Indian journal of veterinary science and animal husbandry - Volumes 15-17, 1948-1951
Year: 1948
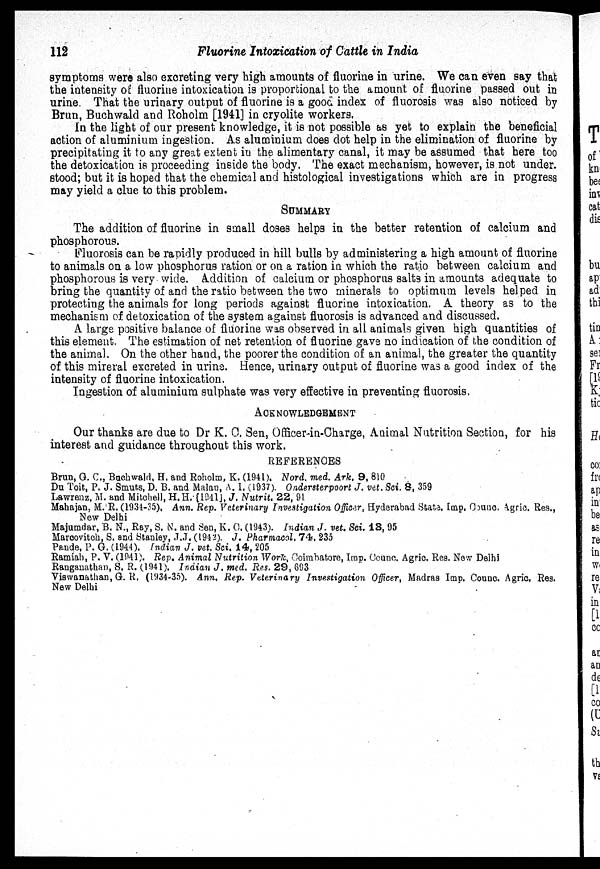
112
Fluorine Intoxication of Cattle in India
symptoms were also excreting very high amounts of fluorine in urine. We can even say that
the intensity of fluorine intoxication is proportional to the amount of fluorine passed out in
urine. That the urinary output of fluorine is a good index of fluorosis was also noticed by
Brun, Buchwald and Roholm [1941] in cryolite workers.
In the light of our present knowledge, it is not possible as yet to explain the beneficial
action of aluminium ingestion. As aluminium does dot help in the elimination of fluorine by
precipitating it to any great extent in the alimentary canal, it may be assumed that here too
the detoxication is proceeding inside the body. The exact mechanism, however, is not under.
stood; but it is hoped that the chemical and histological investigations which are in progress
may yield a clue to this problem.
SUMMARY
The addition of fluorine in small doses helps in the better retention of calcium and
phosphorous.
Fluorosis can be rapidly produced in hill bulls by administering a high amount of fluorine
to animals on a low phosphorus ration or on a ration in which the ratio between calcium and
phosphorous is very wide. Addition of calcium or phosphorus salts in amounts adequate to
bring the quantity of and the ratio between the two minerals to optimum levels helped in
protecting the animals for long periods against fluorine intoxication. A theory as to the
mechanism of detoxication of the system against fluorosis is advanced and discussed.
A large positive balance of fluorine was observed in all animals given high quantities of
this element. The estimation of net retention of fluorine gave no indication of the condition of
the animal. On the other hand, the poorer the condition of an animal, the greater the quantity
of this mireral excreted in urine. Hence, urinary output of fluorine was a good index of the
intensity of fluorine intoxication.
Ingestion of aluminium sulphate was very effective in preventing fluorosis,
ACKNOWLEDGEMENT
Our thanks are due to Dr K. C. Sen, Officer-in-Charge, Animal Nutrition Section, for his
interest and guidance throughout this work.
REFERENCES
Brun, G. C., Bachwald. H. and Roholm, K. (1941). Nord. med. Ark. 9, 810
Du Toit, P. J. Smuts, D. B. and Malan, A. I. (1937). Ondersterpoort J. vet. Sci. 8, 359
Lawrenz, M. and Mitchell, H.H. [1941], J. Nutrit. 22, 91
Mahajan, M. R. (1934-35), Ann. Rep. Veterinary Investigation Officer, Hyderabad State. Imp. Counc. Agric. Res.,
New Delhi
Majumdar, B. N., Ray, S. N. and Sen, K. C. (1943). Indian J. vet. Sci. 13, 95
Marcovitch, S. and Stanley, J.J. (1942). J. Pharmacol. 74, 235
Pande, P. G. (1944). Indian J. vet Sci. 14, 205
Ramiah, P. V. (1941). Rep. Animal Nutrition Work, Coimbatore, Imp. Counc. Agric, Res. New Delhi
Ranganathan, S. R. (1941). Inaian J. med. Res. 29, 693
Viswanathan, G. R. (1934-35). Ann. Rep. Veterinary Investigation Officer, Madras Imp. Counc. Agric, Res.
New Delhi